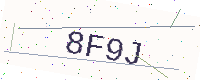
Text: 8F9J